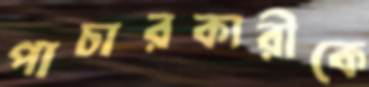
পাচারকারীকে